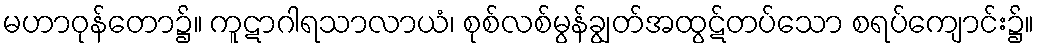
မဟာဝုန်တော၌။ ကူဋာဂါရသာလာယံ၊ စုစ်လစ်မွန်ချွတ်အထွဋ်တပ်သော စရပ်ကျောင်း၌။